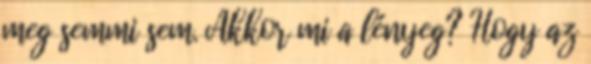
meg semmi sem. Akkor mi a lényeg? Hogy az